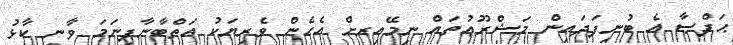
ޙަފްޞާ އެ ބުނިފަދައިން މަޝްރޫޢުތައް ނިމޭއިރށް އެހެން ވެރިޔަކު އަތްބާނާފިނަމަ ވާނީ ކާޅު